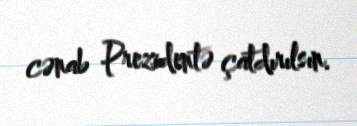
cənab Prezidentə çatdırılsın.